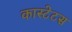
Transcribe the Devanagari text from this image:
कास्टेटस